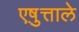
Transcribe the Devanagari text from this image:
एष़ुत्ताले